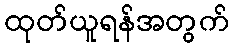
ထုတ်ယူရန်အတွက်